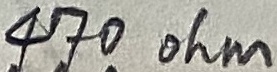
Text: 470ohm